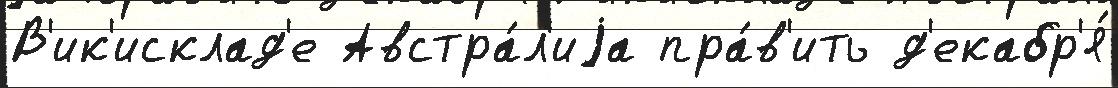
В'ик'исклад'е Австра́л'иjа пра́в'ить д'екабр'я́